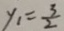
y _ { 1 } = \frac { 3 } { 2 }